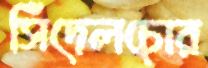
সিঁদেলচোর